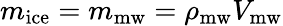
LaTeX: m_{\mathrm{ice}}=m_{\mathrm{mw}}=\rho_{\mathrm{mw}}V_{\mathrm{mw}}